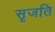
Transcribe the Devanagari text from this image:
सृजति